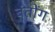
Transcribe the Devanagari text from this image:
बंतोंग